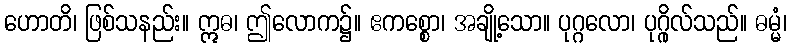
ဟောတိ၊ ဖြစ်သနည်း။ ဣဓ၊ ဤလောက၌။ ဧကစ္စော၊ အချို့သော။ ပုဂ္ဂလော၊ ပုဂ္ဂိုလ်သည်။ ဓမ္မံ၊